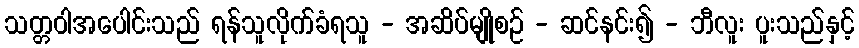
သတ္တဝါအပေါင်းသည် ရန်သူလိုက်ခံရသူ - အဆိပ်မျိုစဉ် - ဆင်နင်း၍ - ဘီလူး ပူးသည်နှင့်